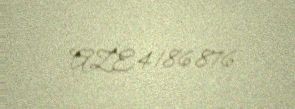
AZE4186876